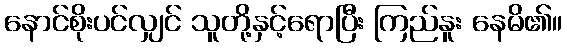
နောင်စိုးပင်လျှင် သူတို့နှင့်ရောပြီး ကြည်နူး နေမိ၏။